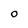
Character: O